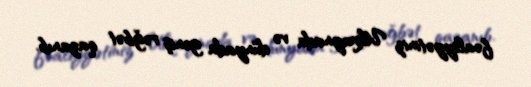
fəaliyyətiniz Ukraynada və dünyada geniş rəğbət qazanıb.